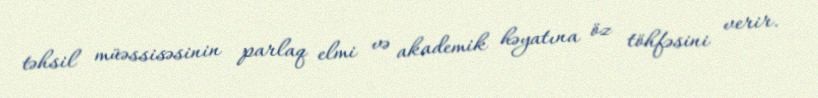
təhsil müəssisəsinin parlaq elmi və akademik həyatına öz töhfəsini verir.